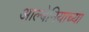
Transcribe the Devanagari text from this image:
आल्बेनियाच्या